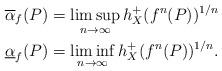
LaTeX: \begin{align*} &\overline{\alpha}_{f}(P)=\limsup_{n\to \infty}h_{X}^{+}(f^{n}(P))^{1/n}\\ &\underline{\alpha}_{f}(P)=\liminf_{n\to \infty}h_{X}^{+}(f^{n}(P))^{1/n}. \end{align*}